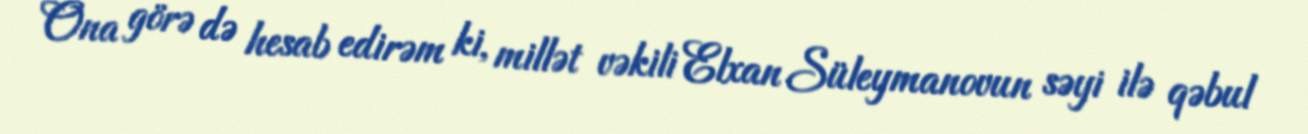
Ona görə də hesab edirəm ki, millət vəkili Elxan Süleymanovun səyi ilə qəbul